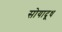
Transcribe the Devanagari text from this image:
सोयादूध